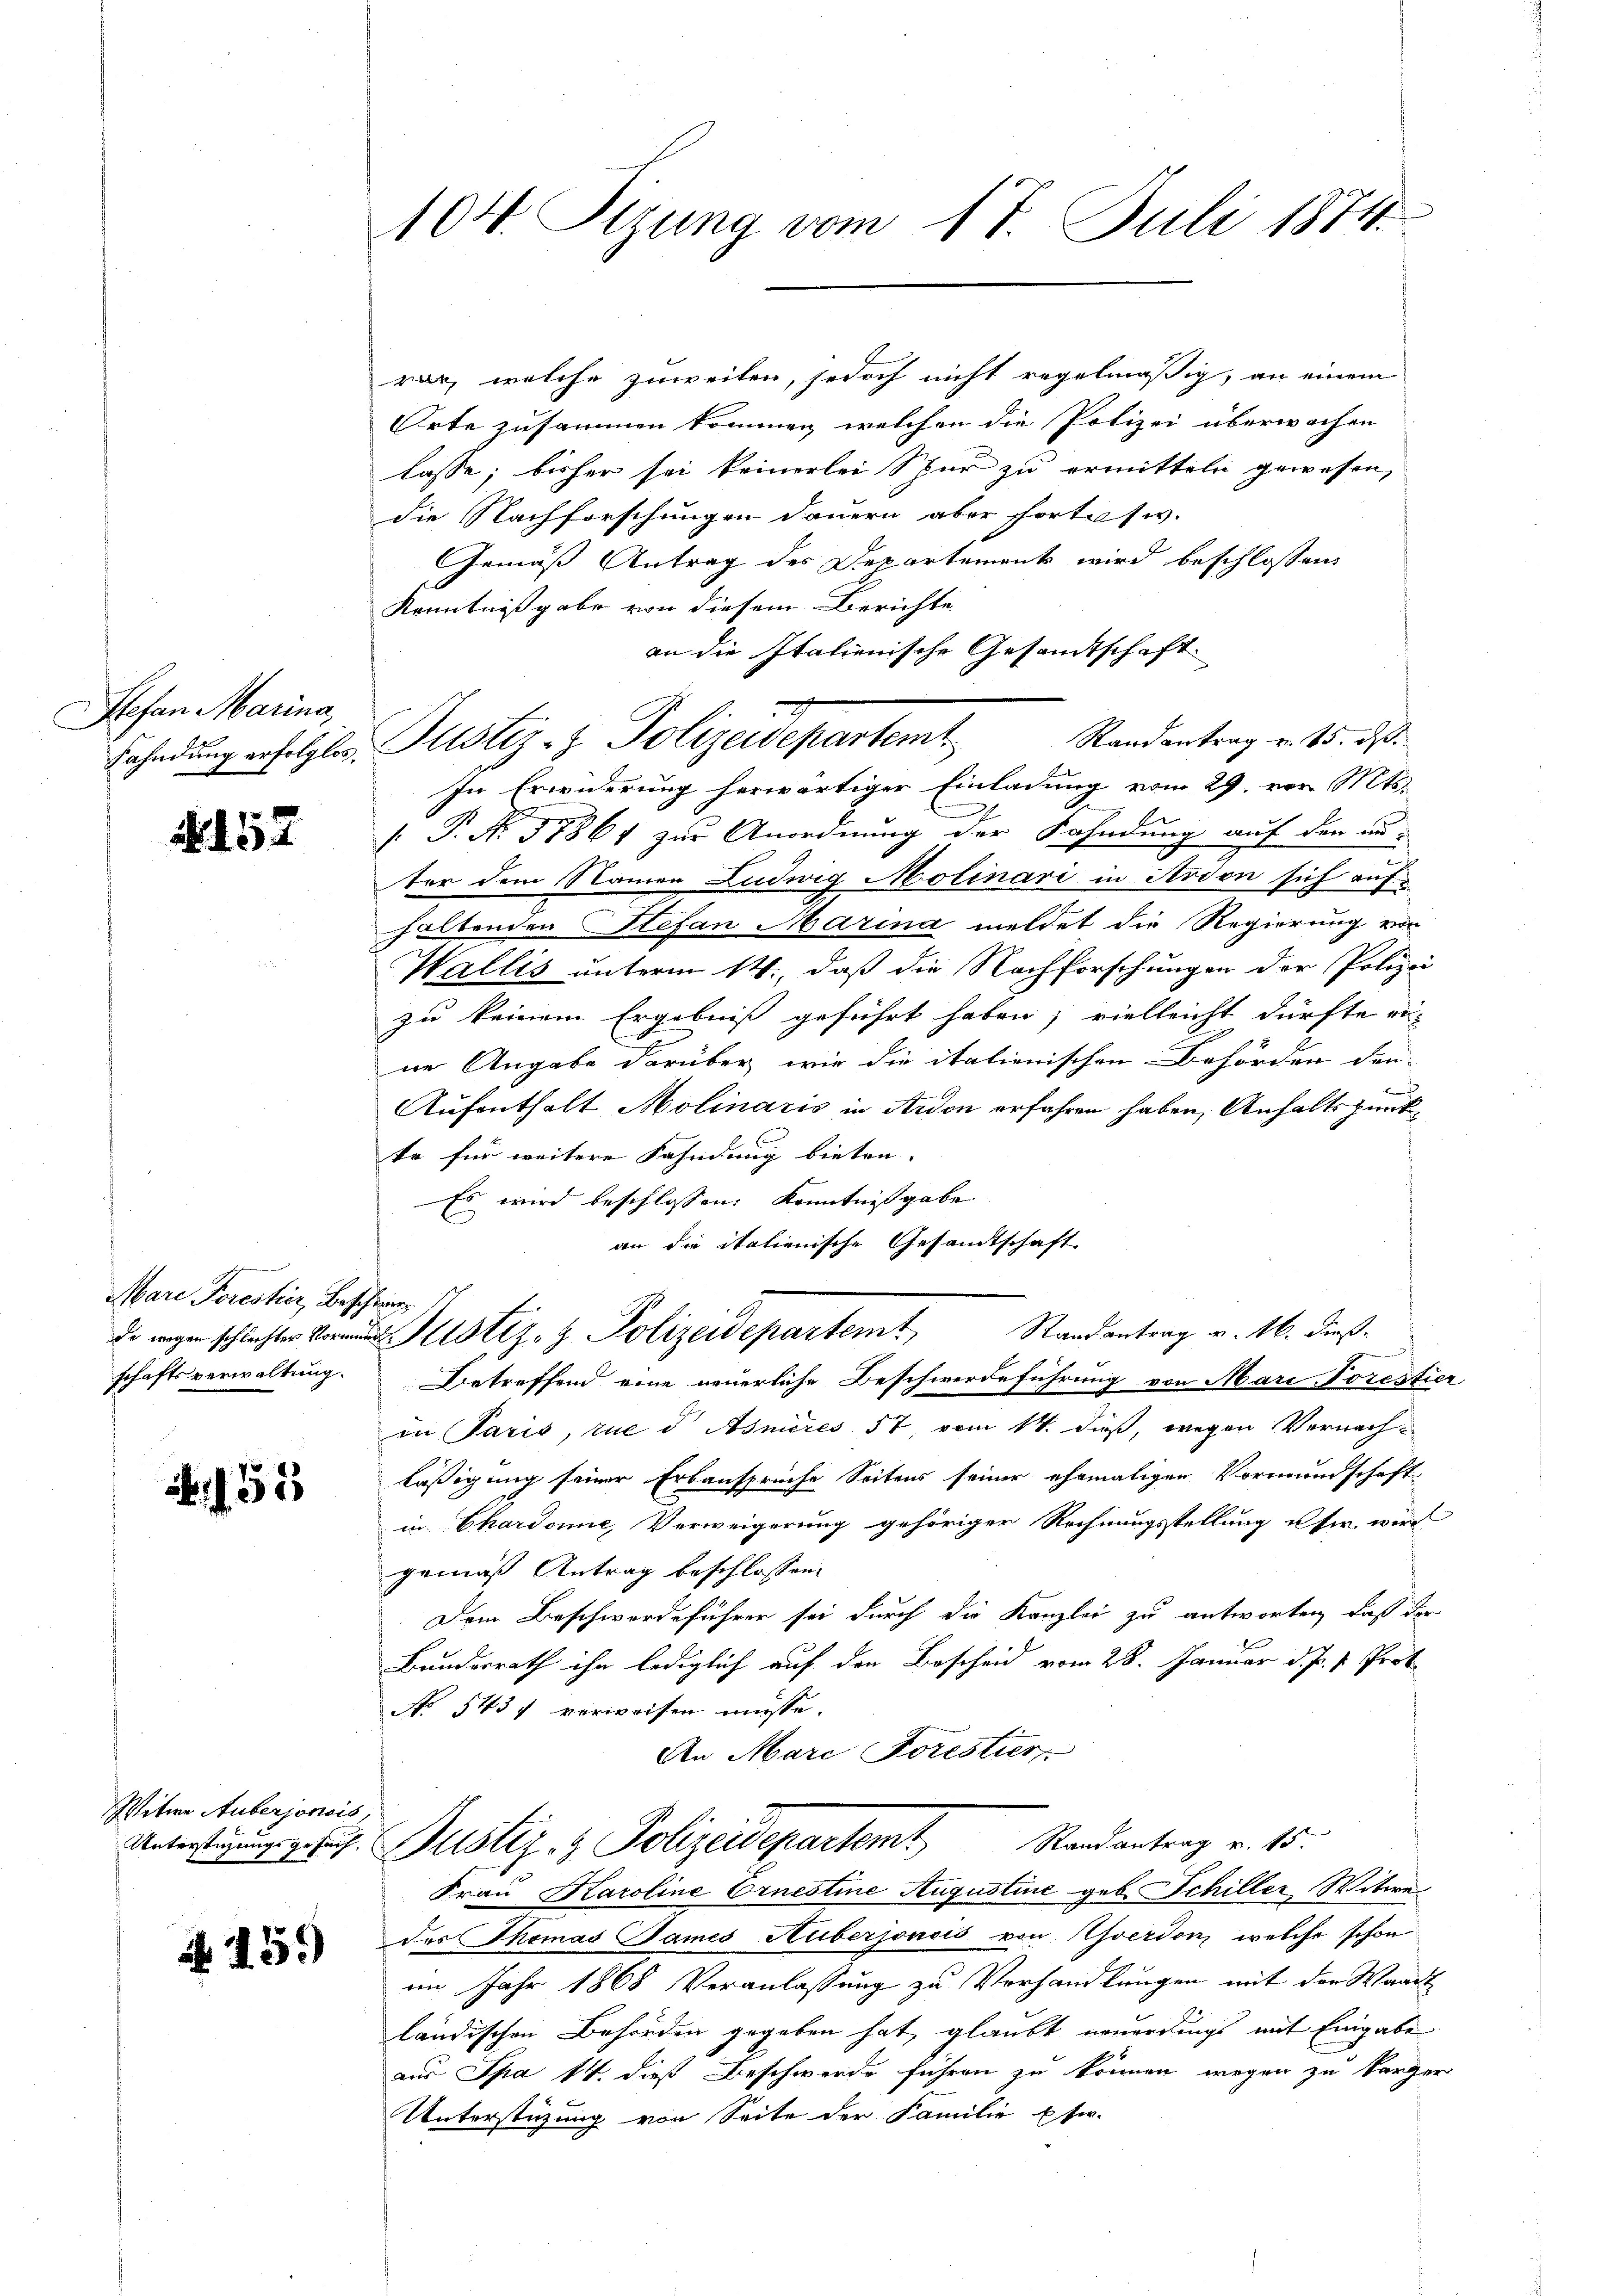
Stefan Marina,
Fahndung erfolglos.

N157

Mare Forestier, Beschling
de wegen schlechter Vormun
schaftsverwaltung.

2

Witwe Auberjonois,
Unterstüzungsgesuch,

N. 459)

104. Sizung vom 17. Juli 1874.

rer, welche zuweilen, jedoch nicht regelmäßig, an einem
Orte zusammen kommen, welchen die Polizei überwachen
lasse; bisher sei keinerlei Spur zu ermitteln gewesen,
die Nachforschungen dauern aber fortisiv.
Gemäß Antrag des Departement wird beschlossen
Kenntnißgabe von diesem Berichte
an die Italienische Gesandtschaft
Randantrag v. 15. ds.
Justiz- & Polizeisepartemt
In Erwiderung herwärtiger Einladung vom 29. von St.
f. P. Nr. 57861 zur Anordnung der Fahndung auf den an-
ter dem Namen Ludwig Molinari in Ardon sich aufhaltenden Stefan Marina meldet die Regierung von
Wallis unterm 14., daß die Nachforschungen der Polizei
zu keinem Ergebniß geführt haben, vielleicht dürfte eine Angabe darüber wie die italienischen Behörden den
¬
Aufenthalt Molinaris in Ardon erfahren haben, Anhaltspunk¬
E
te für weitere Fahndung bieten. |
Es wird beschlossen: Kenntnisgabe
an die italienische Gesandtschaft
Justiz- & Polizeidepartem Randantrag v. 16. dieß-
.
Betreffend eine neuerliche Beschwerdeführung von Maritorestier
in Paris, zue d Asmeres 57 vom 14. Fuß, wegen Vernachläßigung seiner Erbansprüche Seitens seiner ehemaligen Vormundschaft
in Chardonne, Verweigerung gehöriger Rechnungsstellung usw. wir
gemäß Antrag beschlossen:
Dem Beschwerdeführer sei durch die Kanzlei zu antworten, daß der
Bundesrath ihn lediglich auf den Bescheid vom 28. Januar d. J. v. Prof.
No 1437 verweisen müsse.
An Mari Forestier
Justiz- & Polizeidepartamt Randantrag v. 15.
Frau Karoline Ornestine Augustine geb. Schiller Witwe
des Thomas James Huberjonsis von verdon, welche schon
im Jahr 1868 Veranlassung zu Verhandlungen mit der Waadt
ländischen Behörden gegeben hat, glaubt neuerdings mit Eingabe
aus Spa 14 dieß Beschwerde führen zu können wegen zu karger
Unterstüzung von Seite der Familie usw.